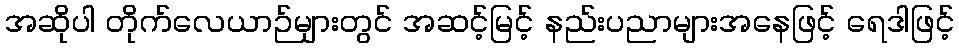
အဆိုပါ တိုက်လေယာဉ်များတွင် အဆင့်မြင့် နည်းပညာများအနေဖြင့် ရေဒါဖြင့်